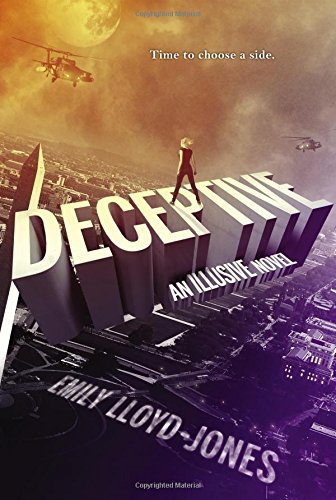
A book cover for Deceptive (Illusive); Emily Lloyd-Jones; Teen & Young Adult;